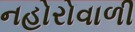
નહોરોવાળી